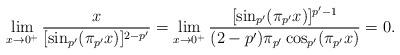
LaTeX: \begin{align*}\lim_{x \rightarrow 0^+}\frac{x}{[\sin_{p'}(\pi_{p'} x)]^{2-p'}}=\displaystyle\lim_{x\rightarrow 0^+}\frac{ [\sin_{p'}(\pi_{p'} x)]^{p'-1}}{(2-p')\pi_{p'}\cos_{p'}(\pi_{p'} x)}=0. \end{align*}